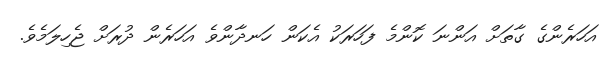
އަހަރެންގެ ގާތަށް އަންނަ ކޮންމެ ފަހަރަކު އެކަން ހަނދާންވެ އަހަރެން ދުރަށް ޖެހިލަމެވެ.